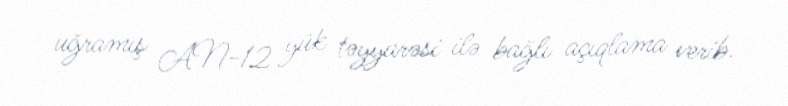
uğramış AN-12 yük təyyarəsi ilə bağlı açıqlama verib.